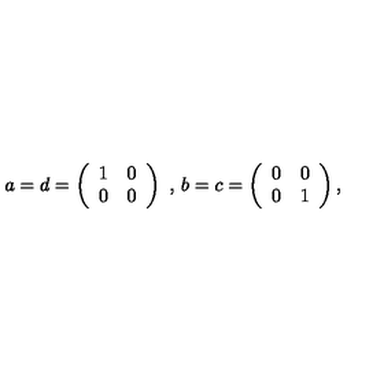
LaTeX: a = d = \left( \begin{array} { c c } { 1 } & { 0 } \\ { 0 } & { 0 } \\ \end{array} \right) \mathrm { \ , \ } b = c = \left( \begin{array} { c c } { 0 } & { 0 } \\ { 0 } & { 1 } \\ \end{array} \right) ,